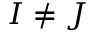
I \neq J